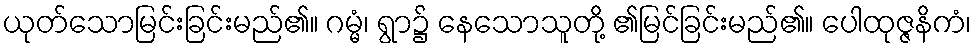
ယုတ်သောမြင်းခြင်းမည်၏။ ဂမ္မံ၊ ရွာ၌ နေသောသူတို့ ၏မြင်ခြင်းမည်၏။ ပေါထုဇ္ဇနိကံ၊